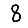
Digit: 8